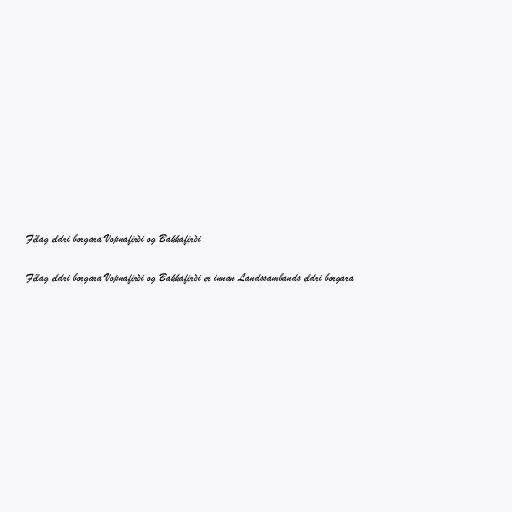
Félag eldri borgara Vopnafirði og Bakkafirði

Félag eldri borgara Vopnafirði og Bakkafirði er innan Landssambands eldri borgara